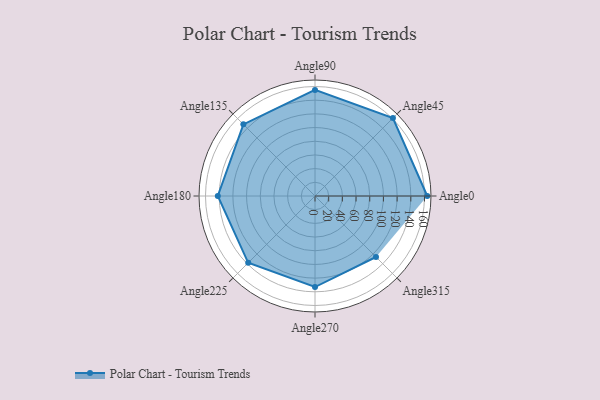
{"axis": {"x": "Angle", "y": "Radius"}, "legend": [""], "data": [{"x": "Angle0", "y": 164.0, "type": ""}, {"x": "Angle45", "y": 161.0, "type": ""}, {"x": "Angle90", "y": 155.0, "type": ""}, {"x": "Angle135", "y": 148.0, "type": ""}, {"x": "Angle180", "y": 142.0, "type": ""}, {"x": "Angle225", "y": 138.0, "type": ""}, {"x": "Angle270", "y": 133.0, "type": ""}, {"x": "Angle315", "y": 126.0, "type": ""}]}